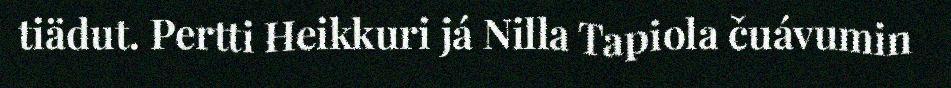
tiädut. Pertti Heikkuri já Nilla Tapiola čuávumin